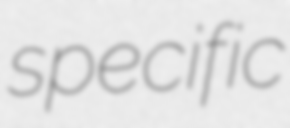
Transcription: specific